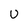
Character: U